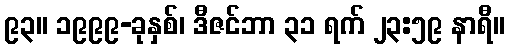
၉၃။ ၁၉၉၉-ခုနှစ်၊ ဒီဇင်ဘာ ၃၁ ရက် ၂၃:၅၉ နာရီ။